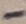
Text: -